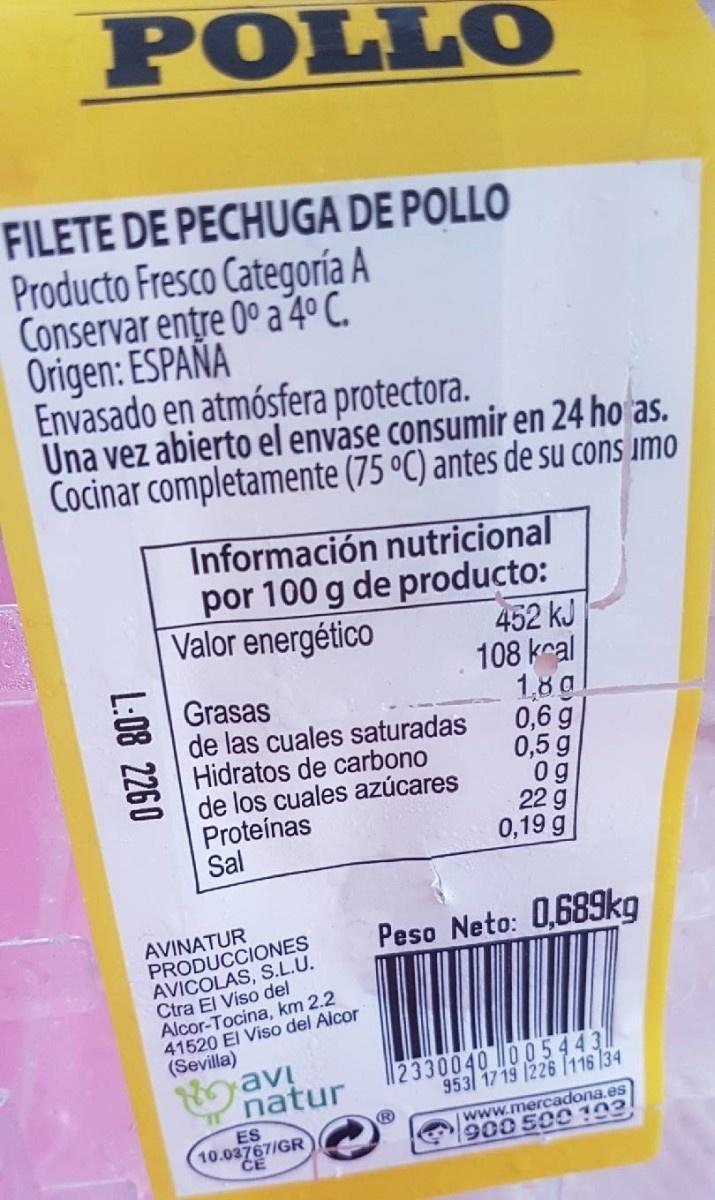
POLLO
FILETE DE PECHUGA DE POLLO Producto Fresco Categoría A Conservar entre 0° a 4º C. Origen: ESPAÑA Envasado en atmósfera protectora. Una vez abierto el envase consumir en 24 ho as. Cocinar completamente (75 °C) antes de su cons imo
Información nutricional por 100 g de producto: Valor energético
Grasas de las cuales saturadas Hidratos de carbono de los cuales azúcares Proteínas Sal
452 kJ 108 kral 1,8 g 0,6 g 0,5 g 0 g 22 g 0,19 g
AVINATUR PRODUCCIONES AVICOLAS, S.L.U. Ctra El Viso del Alcor-Tocina, km 2.2 41520 El Viso del Alcor (Sevilla) av natur
Peso Neto: 0,689kg
12330040 005443|| 953 17 19 1226 116 34
www.mercadona.es 900500102
ES
10.0 GR)
L:08 2260